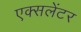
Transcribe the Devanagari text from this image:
एक्सलेंटर